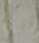
إذا